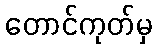
တောင်ကုတ်မှ